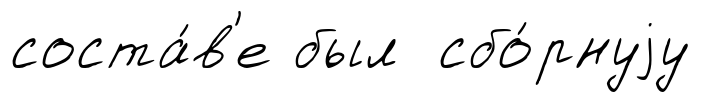
соста́в'е был сбо́рнуjу